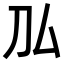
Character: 𠚦